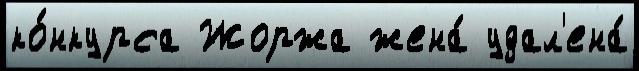
ко́нкурса Жоржа жена́ удал'ена́